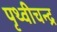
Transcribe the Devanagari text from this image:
पृथ्वीचन्द्र